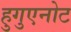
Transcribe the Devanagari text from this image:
हुगुएनोट